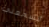
أتسمعني